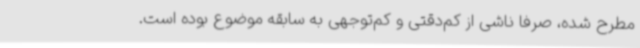
مطرح شده، صرفا ناشی از کم‌دقتی و کم‌توجهی به سابقه موضوع بوده است.